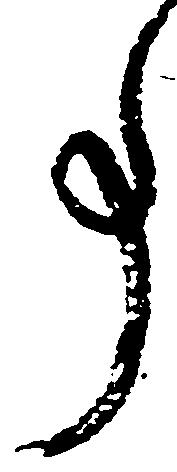
事